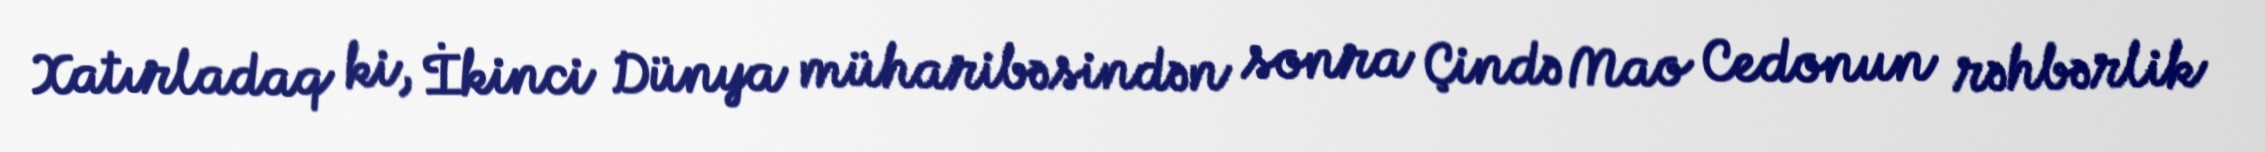
Xatırladaq ki, İkinci Dünya müharibəsindən sonra Çində Mao Cedonun rəhbərlik